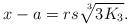
LaTeX: \begin{align*}x-a = rs \sqrt[\leftroot{-4} \uproot{3} 3]{3K_3}.\end{align*}